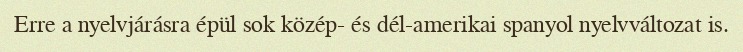
Erre a nyelvjárásra épül sok közép- és dél-amerikai spanyol nyelvváltozat is.